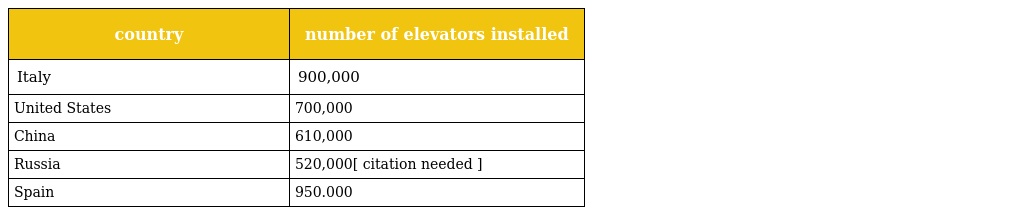
| country | number of elevators installed |
 | --- | --- |
 | Italy | 900,000 |
 | United States | 700,000 |
 | China | 610,000 |
 | Russia | 520,000[ citation needed ] |
 | Spain | 950.000 |